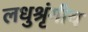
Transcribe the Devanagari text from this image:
लधुश्रृंगीय